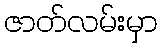
ဇာတ်လမ်းမှာ